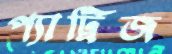
প্যাট্রিজ